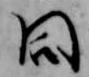
同